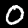
Label: 0